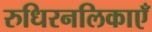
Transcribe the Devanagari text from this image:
रुधिरनलिकाएँ